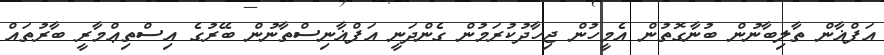
އަފްޣާން ތާލިބާނުން ބުނާގޮތުން އެމީހުން ޖިހާދުކުރަމުން ގެންދަނީ އަފްޣާނިސްތާނުން ބޭރުގެ އިސްތިޢްމާރީ ބާރުތައް